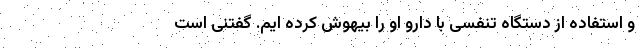
و استفاده از دستگاه تنفسی با دارو او را بیهوش کرده ایم. گفتنی است